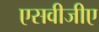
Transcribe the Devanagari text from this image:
एसवीजीए